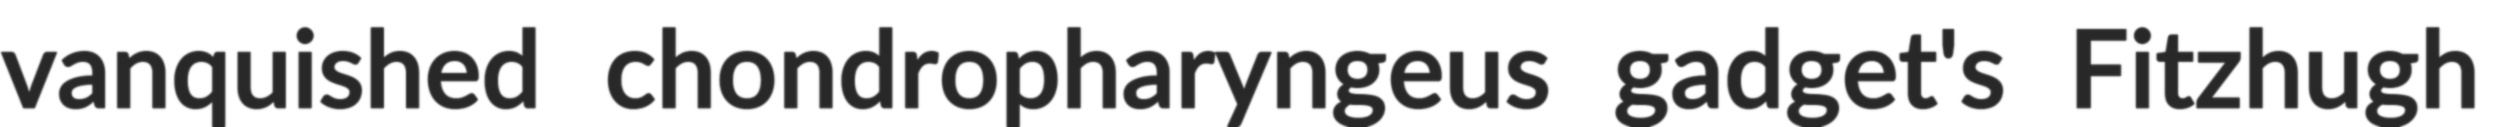
vanquished chondropharyngeus gadget's Fitzhugh